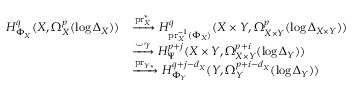
\begin{array} { r l } { H _ { \Phi _ { X } } ^ { q } ( X , \Omega _ { X } ^ { p } ( \log \Delta _ { X } ) ) } & { \xrightarrow { \mathrm { p r } _ { X } ^ { * } } H _ { \mathrm { p r } _ { X } ^ { - 1 } ( \Phi _ { X } ) } ^ { q } ( X \times Y , \Omega _ { X \times Y } ^ { p } ( \log \Delta _ { X \times Y } ) ) } \\ & { \xrightarrow { \smile \gamma } H _ { \Psi } ^ { p + j } ( X \times Y , \Omega _ { X \times Y } ^ { p + i } ( \log \Delta _ { Y } ) ) } \\ & { \xrightarrow { \mathrm { p r } _ { Y * } } H _ { \Phi _ { Y } } ^ { q + j - d _ { X } } ( Y , \Omega _ { Y } ^ { p + i - d _ { X } } ( \log \Delta _ { Y } ) ) } \end{array}